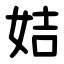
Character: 姞